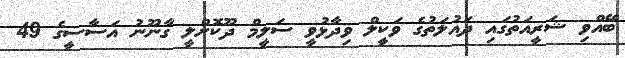
ބޭއްވި ޝަރީއަތުގައި ދައުލަތުގެ ވަކީލް ވިދާޅުވީ ސަލީމް ދޫކޮށްލީ ގާނޫނު އަސާސީގެ 49